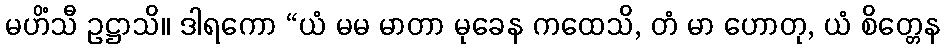
မဟိံသီ ဥဋ္ဌာသိ။ ဒါရကော “ယံ မမ မာတာ မုခေန ကထေသိ, တံ မာ ဟောတု, ယံ စိတ္တေန